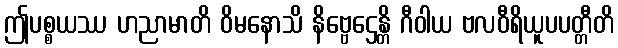
ဤပစ္စယဿ ဟညာမာတိ ဝိမနောသိ နိဗ္ဗေဌေန္တိ ဂီဝါယ ဗလဝီရိယူပပတ္တီတိ